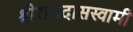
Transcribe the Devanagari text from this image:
श्रीरामदासस्वामी